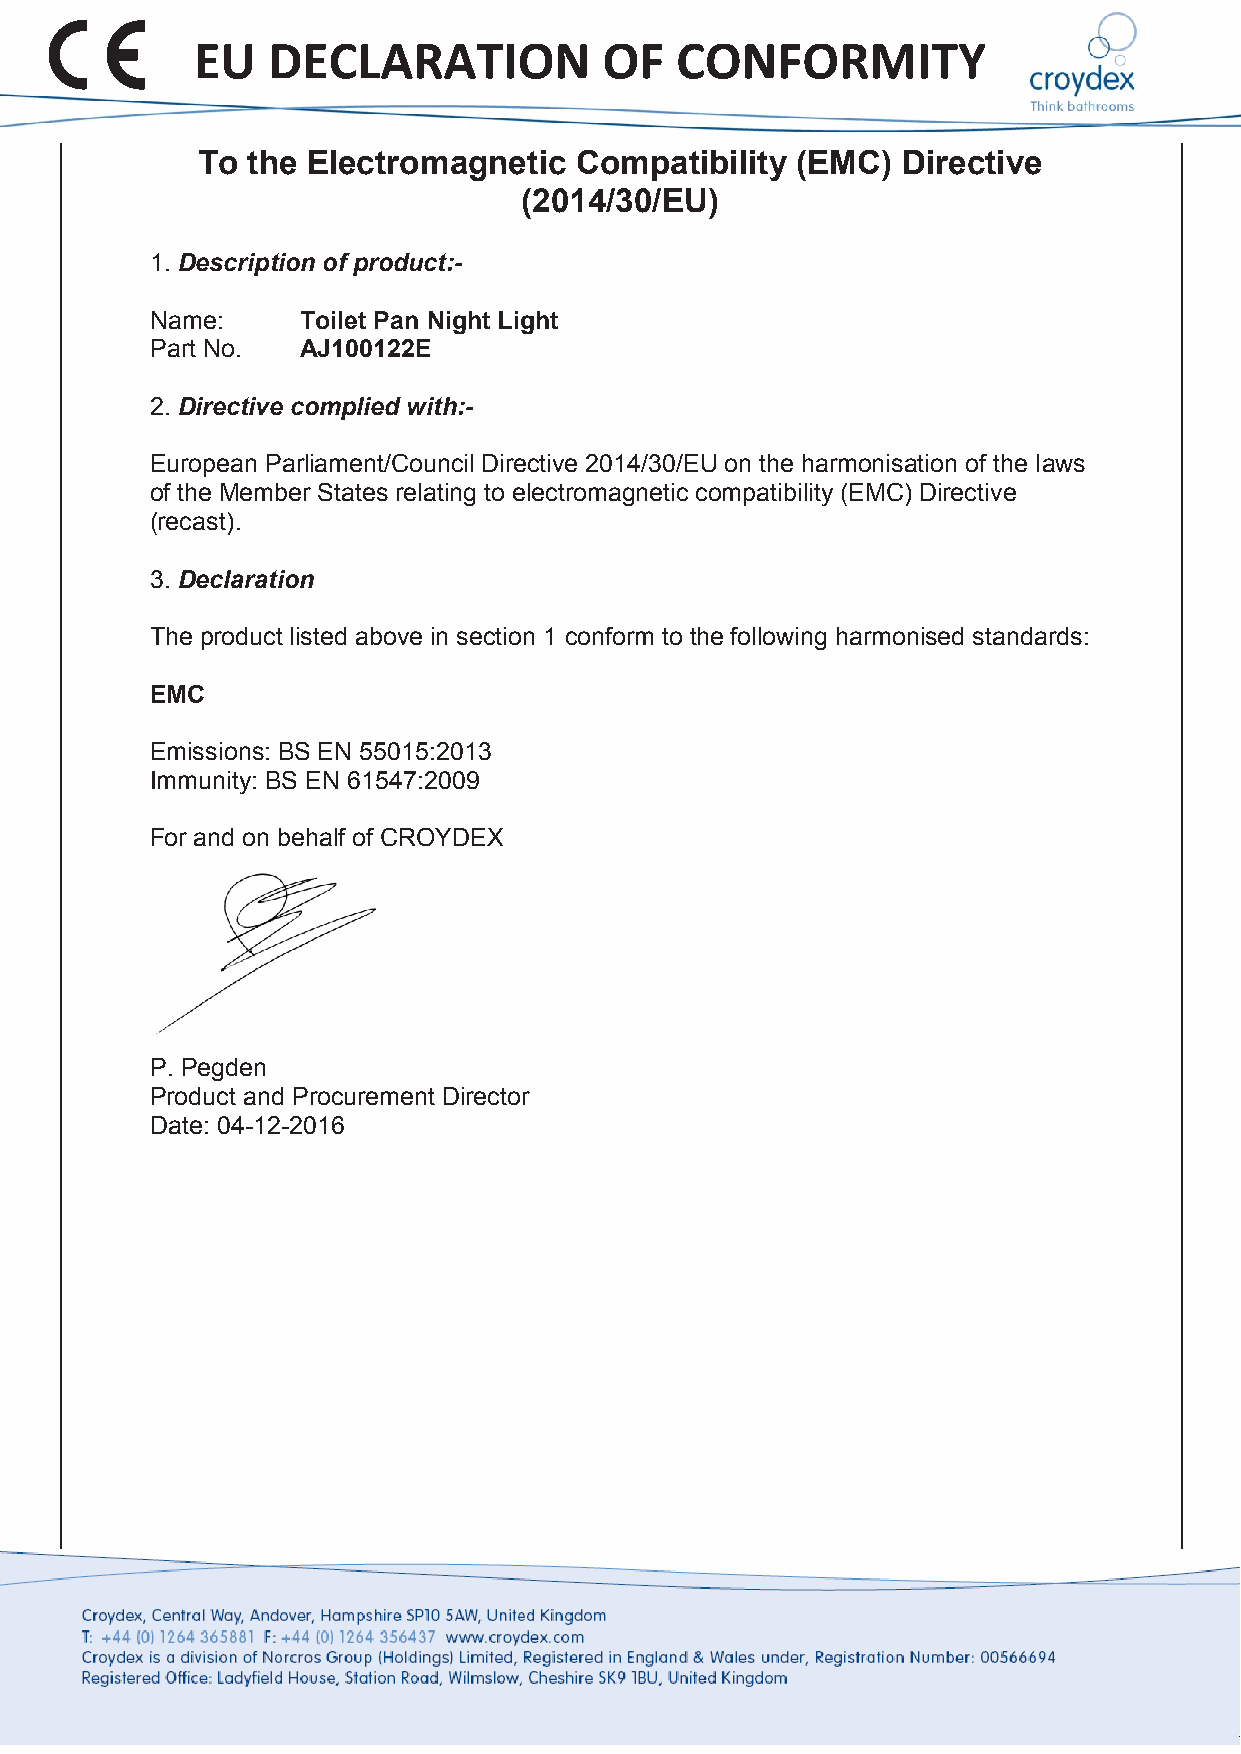
EU   DECLARATION           OF   CONFORMITY
 To the Electromagnetic   Compatibility  (EMC)  Directive
 (2014/30/EU)
 1. Description of product:-
 Name:     Toilet Pan Night Light
 Part No.  AJ100122E
 2. Directive complied with:-
 European Parliament/Council Directive 2014/30/EU on the harmonisation of the laws
 of the Member States relating to electromagnetic compatibility (EMC) Directive
 (recast).
 3. Declaration
 The product listed above in section 1 conform to the following harmonised standards:
 EMC
 Emissions: BS EN 55015:2013
 Immunity: BS EN 61547:2009
 For and on behalf of CROYDEX
 P. Pegden
 Product and Procurement Director
 Date: 04-12-2016
 Croydex, Central Way, Andover,
 3.        Hampshire, SP10 5AW, UK +44 (0) 1264 356437 www.croydex.com
 S&H 068 R02
 +44 (0) 1264 365881    info@croydex.co.uk